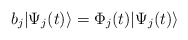
\begin{align*}b_j|\Psi_j(t)\rangle = \Phi_j(t)|\Psi_j(t)\rangle \end{align*}